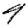
Digit: 4